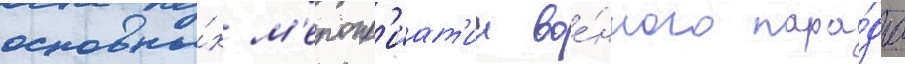
основны́х м'еропр'иат'ии вое́нного пара́да